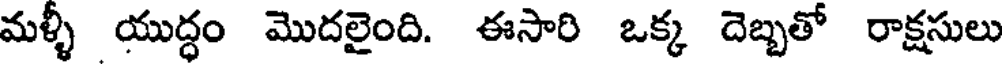
మళ్ళీ యుద్ధం మొదలైంది. ఈసారి ఒక్క దెబ్బతో రాక్షసులు